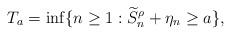
LaTeX: \begin{align*}T_a = \inf \{n\ge 1: \widetilde{S}_{n}^\rho + \eta_{n} \ge a\},\end{align*}